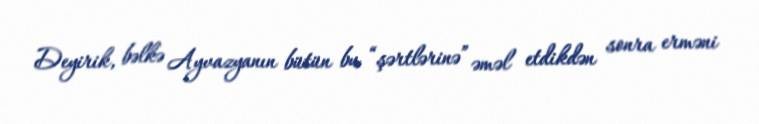
Deyirik, bəlkə Ayvazyanın bütün bu “şərtlərinə” əməl etdikdən sonra erməni